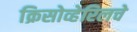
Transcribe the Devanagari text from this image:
क्रिसोव्हेरिलचे